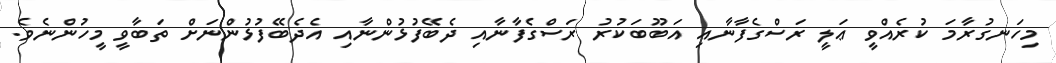
މިހަނގުރާމަ ކުރެއްވީ ޢަލީ ރަސްގެފާނާއި އަބޫބަކުރު ރަސްގެފާނާއި ދެބޭފުޅުންނާއި އެދެބޭފުޅުންނަށް ތަބާވީ މީހުންނެވެ.